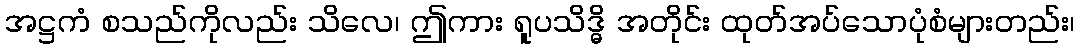
အဋ္ဌကံ စသည်ကိုလည်း သိလေ၊ ဤကား ရူပသိဒ္ဓိ အတိုင်း ထုတ်အပ်သောပုံစံများတည်း၊